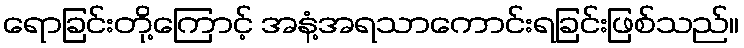
ရောခြင်းတို့ကြောင့် အနံ့အရသာကောင်းရခြင်းဖြစ်သည်။